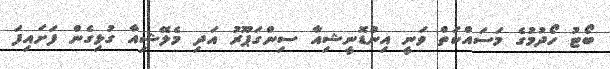
ބޯޓު ހޯދުމުގެ މަސައްކަތް ވަނީ އިންޑޮނީޝިއާ ސިންގަޕޫރު އަދި މެލޭޝިއާ ގުޅިގެން ފަށައިފަ